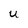
Character: U